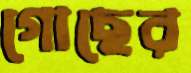
গোছের